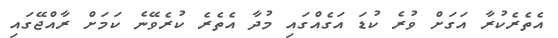
އެތެރެކުރާ އަގަށް ވުރެ ކުޑަ އަގެއްގައި މުދާ އެތެރެ ކުރެވޭނެ ކަމަށް ރާއްޖޭގައި